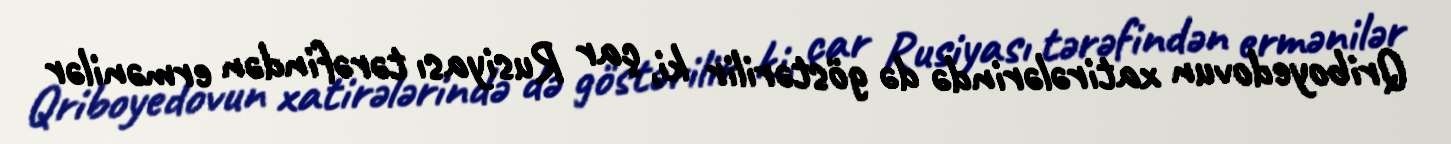
Qriboyedovun xatirələrində də göstərilir ki, çar Rusiyası tərəfindən ermənilər